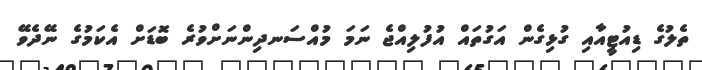
ތެލުގެ ޑިއުޓީއާއި ގުޅިގެން އަގުތައް އުފުލިއްޖެ ނަމަ މުއްސަނދިންނަށްވުރެ ބޮޑަށް އެކަމުގެ ނޭދެވޭ